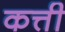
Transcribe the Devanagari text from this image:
कत्ती